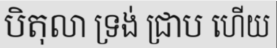
បិតុលា ទ្រង់ ជ្រាប ហើយ